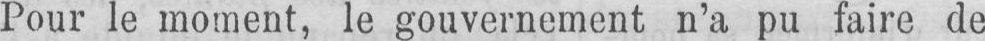
Pour le moment, le gouvernement n’a pu faire de